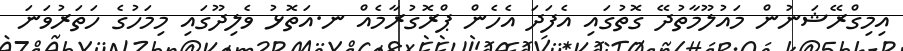
އިމިގްރޭޝަނުން މައުލޫމާތުދޭ ގޮތުގައި އެފަދަ އެހެން ޕްރޮގުރާމެއް ނ.އަތޮޅު ވެލިދޫގައި މިމަހުގެ ހަތަރުވަނަ